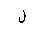
Letter: _lam